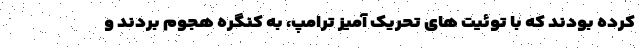
کرده بودند که با توئیت های تحریک آمیز ترامپ، به کنگره هجوم بردند و